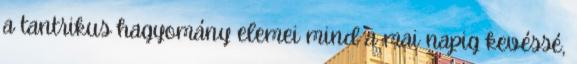
a tantrikus hagyomány elemei mind a mai napig kevéssé,